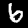
Digit: 6